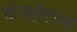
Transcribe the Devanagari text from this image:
बोनहॅमच्या